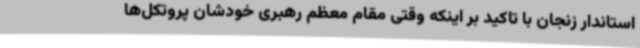
استاندار زنجان با تاکید بر اینکه وقتی مقام معظم رهبری خودشان پروتکل‌ها